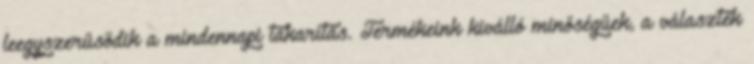
leegyszerűsödik a mindennapi takarítás. Termékeink kiválló minőségűek, a választék